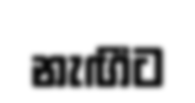
නැඟීට